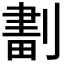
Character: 𠞷